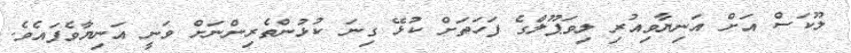
ލޫކަސް އަށް އަނިޔާވިއުރި ލިވަޕޫލްގެ ފަހަތަށް ކުޅޭ ގިނަ ކުޅުންތެރިންނަށް ވަނީ އަނިޔާވެފައެވެ.